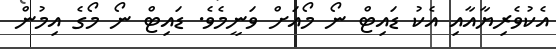
އެކުވެރިޔާއާއި އެކު ޑައިޓް ނޯ މޯއަށް ވަނީމެވެ. ޑައިޓް ނޯ މޯގެ އިމުން